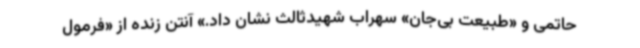
حاتمی و «طبیعت بی‌جان» سهراب شهیدثالث نشان داد.» آنتن زنده از «فرمول